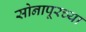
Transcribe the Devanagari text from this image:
सोनापूरच्या